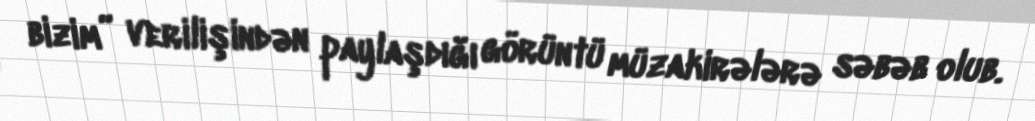
bizim” verilişindən paylaşdığı görüntü müzakirələrə səbəb olub.